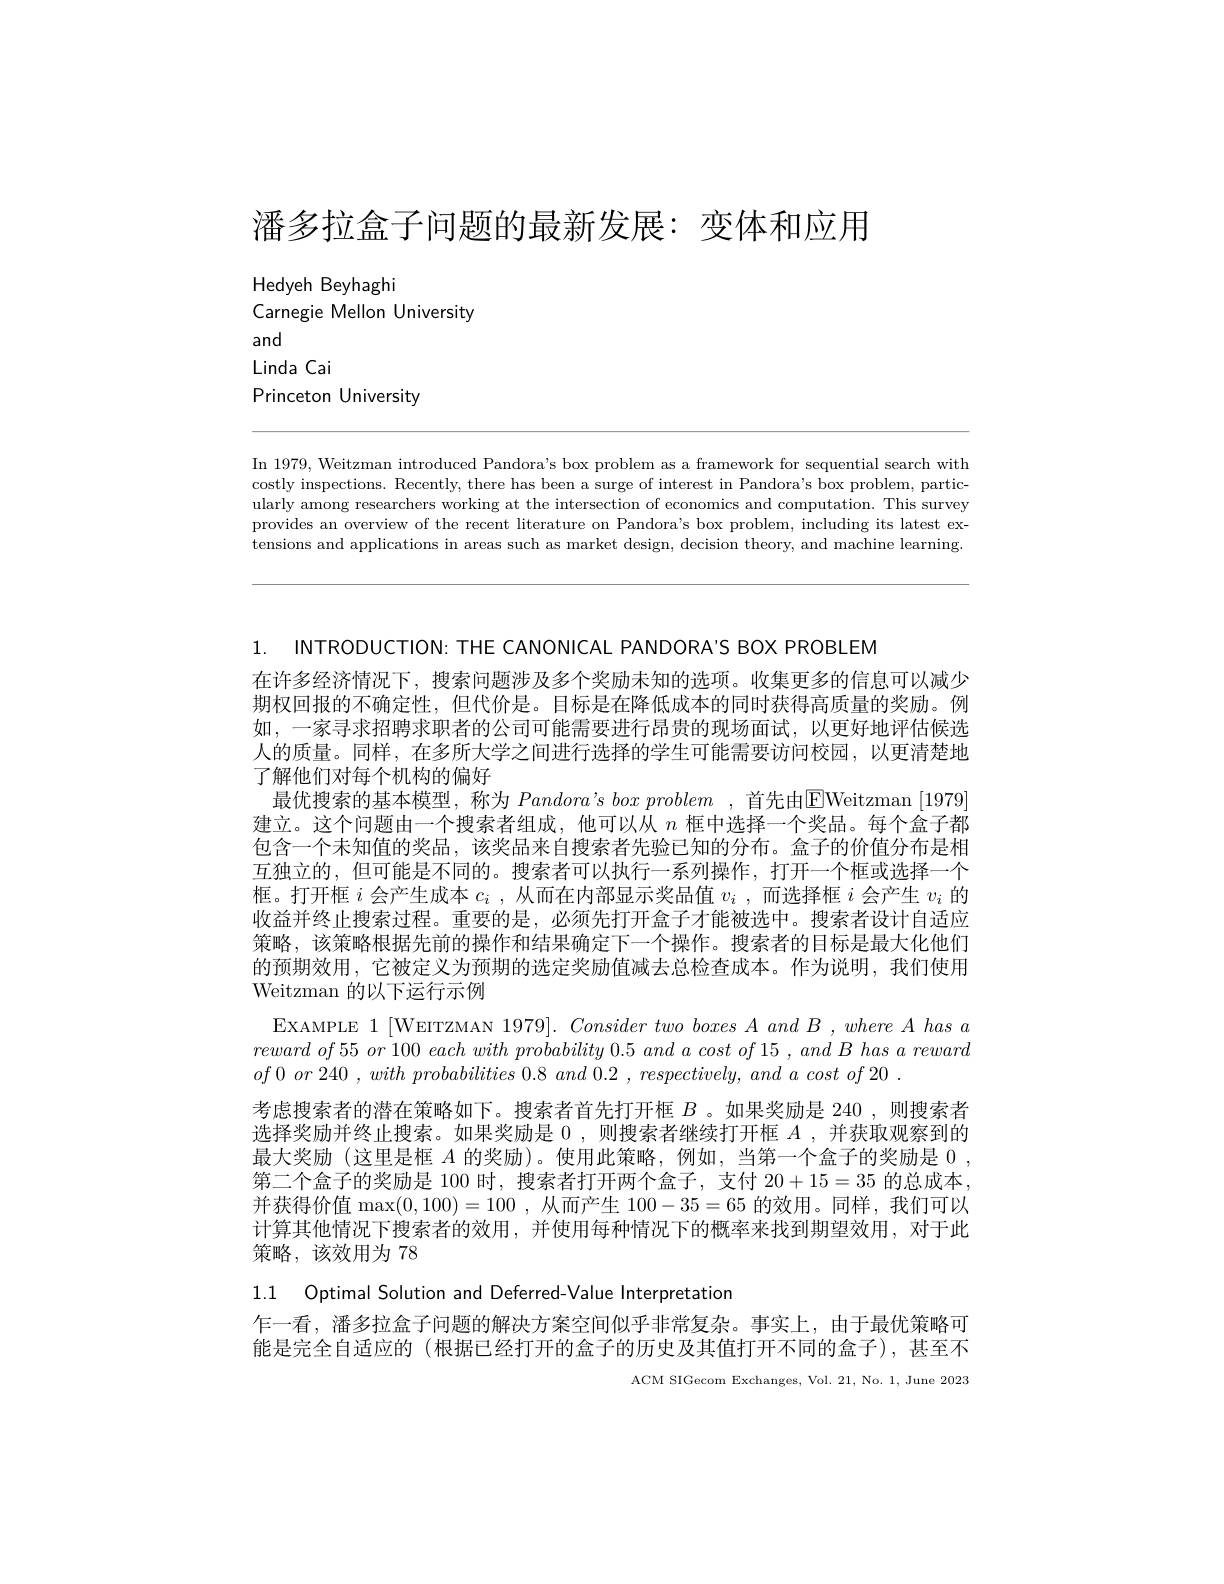
潘多拉盒子问题的最新发展：变体和应用

Hedyeh Beyhaghi
Carnegie Mellon University
and
Linda Cai
Princeton University

In 1979, Weitzman introduced Pandora's box problem as a framework for sequential search with costly inspections. Recently, there has been a surge of interest in Pandora's box problem, particularly among researchers working at the intersection of economics and computation. This survey provides an overview of the recent literature on Pandora's box problem, including its latest extensions and applications in areas such as market design, decision theory, and machine learning.

1. $INTRODUCTION: THECANONICALPANDORA^{\prime }SBOXPROBLEM$
在许多经济情况下，搜索问题涉及多个奖励未知的选项。收集更多的信息可以减少期权回报的不确定性，但代价是。目标是在降低成本的同时获得高质量的奖励。例如，一家寻求招聘求职者的公司可能需要进行昂贵的现场面试，以更好地评估候选人的质量。同样，在多所大学之间进行选择的学生可能需要访问校园，以更清楚地了解他们对每个机构的偏好
最优搜索的基本模型，称为$Pandora’s$ bo$x\textit{ problem , 首 先 由 EWeitzman [ 1979] }$ 建立。这个问题由一个搜索者组成，他可以从$n$框中选择一个奖品。每个盒子都包含一个未知值的奖品，该奖品来自搜索者先验已知的分布。盒子的价值分布是相互独立的，但可能是不同的。搜索者可以执行一系列操作，打开一个框或选择一个框。打开框$i$会产生成本$c_i$ ,从而在内部显示奖品值$v_i$ ,而选择框$i$会产生$v_i$的收益并终止搜索过程。重要的是，必须先打开盒子才能被选中。搜索者设计自适应策略，该策略根据先前的操作和结果确定下一个操作。搜索者的目标是最大化他们的预期效用，它被定义为预期的选定奖励值减去总检查成本。作为说明，我们使用Weitzman 的以下运行示例
EXAMPLE 1[WEITZMAN $1979] . \textit{Consider two boxes A and B , where A has a}$ $reward~of~55~or~100~each~with~probability~0.5~and~a~cost~of~15~,~and~B~has~a~reward$ $of0~or~240~,~with~probabilities~0.8~and~0.2~,~respectively,~and~a~cost~of~20~.$
考虑搜索者的潜在策略如下。搜索者首先打开框$B$ 。如果奖励是 240 ,则搜索者选择奖励并终止搜索。如果奖励是 0 ,则搜索者继续打开框$A$ ,并获取观察到的最大奖励 (这里是框$A$的奖励)。使用此策略，例如，当第一个盒子的奖励是0， 第二个盒子的奖励是 100 时，搜索者打开两个盒子，支付 20+15=35 的总成本， 并获得价值$\max(0,100)=100$ ,从而产生100-35=65的效用。同样，我们可以计算其他情况下搜索者的效用，并使用每种情况下的概率来找到期望效用，对于此策略，该效用为 78
1.1 Optimal Solution and Deferred-Value Interpretation

乍一看，潘多拉盒子问题的解决方案空间似乎非常复杂。事实上，由于最优策略可能是完全自适应的 (根据已经打开的盒子的历史及其值打开不同的盒子),甚至不

ACM SIGecom Exchanges, Vol. 21, No. 1, June 2023